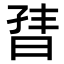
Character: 𬁣